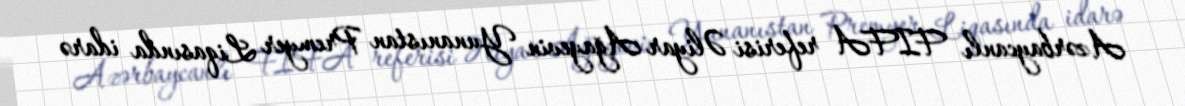
Azərbaycanlı FIFA referisi Əliyar Ağayevin Yunanıstan Premyer Liqasında idarə